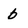
Character: b